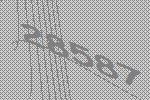
28587